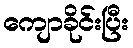
ကျောခိုင်းပြီး